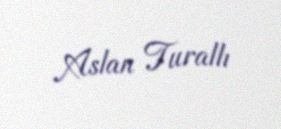
Aslan Turallı